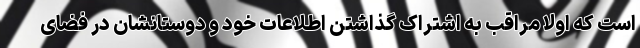
است که اولا مراقب به اشتراک گذاشتن اطلاعات خود و دوستانشان در فضای